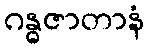
ဂန္ဓဇာတာနံ